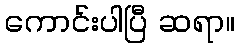
ကောင်းပါပြီ ဆရာ။